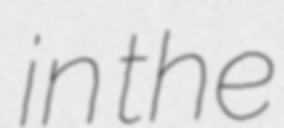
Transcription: in the